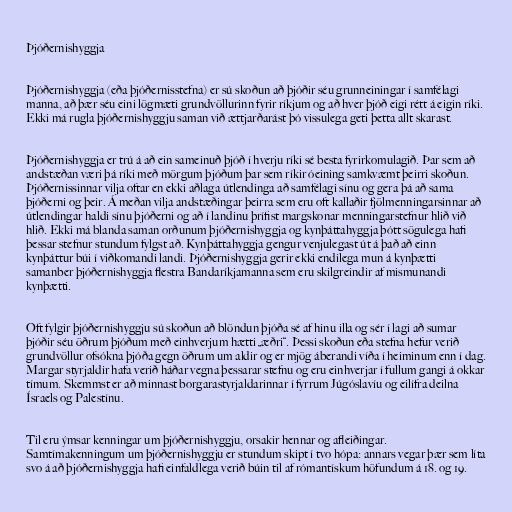
Þjóðernishyggja

Þjóðernishyggja (eða þjóðernisstefna) er sú skoðun að þjóðir séu grunneiningar í samfélagi
manna, að þær séu eini lögmæti grundvöllurinn fyrir ríkjum og að hver þjóð eigi rétt á eigin ríki.
Ekki má rugla þjóðernishyggju saman við ættjarðarást þó vissulega geti þetta allt skarast.

Þjóðernishyggja er trú á að ein sameinuð þjóð í hverju ríki sé besta fyrirkomulagið. Þar sem að
andstæðan væri þá ríki með mörgum þjóðum þar sem ríkir óeining samkvæmt þeirri skoðun.
Þjóðernissinnar vilja oftar en ekki aðlaga útlendinga að samfélagi sínu og gera þá að sama
þjóðerni og þeir. Á meðan vilja andstæðingar þeirra sem eru oft kallaðir fjölmenningarsinnar að
útlendingar haldi sínu þjóðerni og að í landinu þrífist margskonar menningarstefnur hlið við
hlið. Ekki má blanda saman orðunum þjóðernishyggja og kynþáttahyggja þótt sögulega hafi
þessar stefnur stundum fylgst að. Kynþáttahyggja gengur venjulegast út á það að einn
kynþáttur búi í viðkomandi landi. Þjóðernishyggja gerir ekki endilega mun á kynþætti
samanber þjóðernishyggja flestra Bandaríkjamanna sem eru skilgreindir af mismunandi
kynþætti.

Oft fylgir þjóðernishyggju sú skoðun að blöndun þjóða sé af hinu illa og sér í lagi að sumar
þjóðir séu öðrum þjóðum með einhverjum hætti „æðri“. Þessi skoðun eða stefna hefur verið
grundvöllur ofsókna þjóða gegn öðrum um aldir og er mjög áberandi víða í heiminum enn í dag.
Margar styrjaldir hafa verið háðar vegna þessarar stefnu og eru einhverjar í fullum gangi á okkar
tímum. Skemmst er að minnast borgarastyrjaldarinnar í fyrrum Júgóslavíu og eilífra deilna
Ísraels og Palestínu.

Til eru ýmsar kenningar um þjóðernishyggju, orsakir hennar og afleiðingar.
Samtímakenningum um þjóðernishyggju er stundum skipt í tvo hópa: annars vegar þær sem líta
svo á að þjóðernishyggja hafi einfaldlega verið búin til af rómantískum höfundum á 18. og 19.